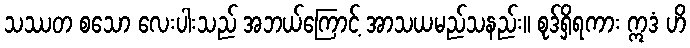
သဿတ စသော လေးပါးသည် အဘယ်ကြောင့် အာသယမည်သနည်း။ စုဒ်ရှိရကား ဣဒံ ဟိ